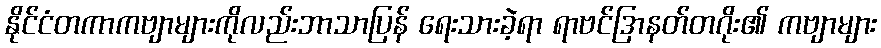
နိုင်ငံတကာကဗျာများကိုလည်းဘာသာပြန် ရေးသားခဲ့ရာ ရာဗင်ဒြာနတ်တဂိုး၏ ကဗျာများ